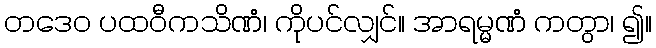
တဒေဝ ပထဝီကသိဏံ၊ ကိုပင်လျှင်။ အာရမ္မဏံ ကတွာ၊ ၍။